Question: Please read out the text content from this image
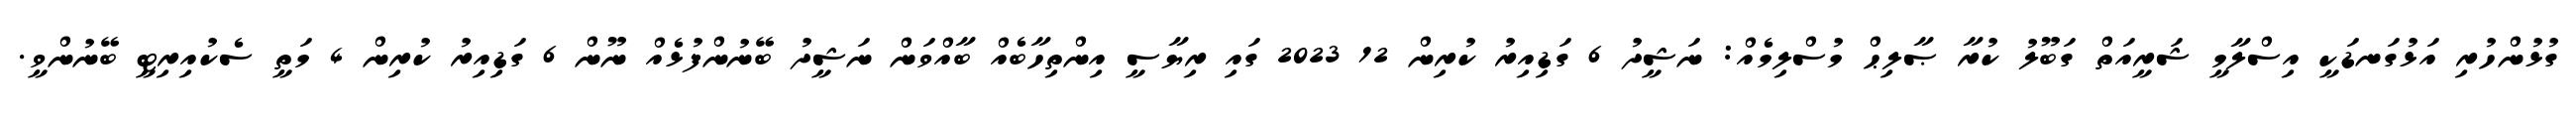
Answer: ގުޅުންހުރި އަޅުގަނޑަކީ އިސްލާމީ ޝަރީއަތް ގަބޫލު ކުރާ ޞާލިޙް މުސްލިމެއް: ނަޝީދު 6 ގަޑިއިރު ކުރިން 12 2023 ގައި ރިޔާސީ އިންތިހާބެއް ބާއްވަން ނަޝީދު ބޭނުންފުޅެއް ނޫން 6 ގަޑިއިރު ކުރިން 4 މަތީ ސެކުއިރިޓީ ބޭނުންވީ.